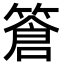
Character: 篬